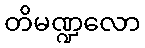
တိမဏ္ဍလော